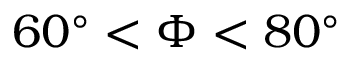
6 0 ^ { \circ } < \Phi < 8 0 ^ { \circ }